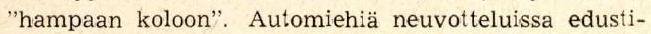
"hampaan koloon". Automiehiä neuvotteluissa edusti-